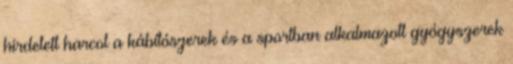
hirdetett harcot a kábítószerek és a sportban alkalmazott gyógyszerek